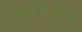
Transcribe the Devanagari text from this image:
आउक्तिओन्स